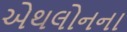
એથલોનના